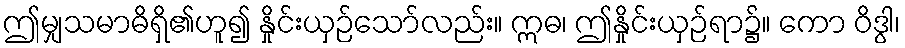
ဤမျှသမာဓိရှိ၏ဟူ၍ နှိုင်းယှဉ်သော်လည်း။ ဣဓ၊ ဤနှိုင်းယှဉ်ရာ၌။ ကော ဝိဒွါ၊